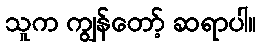
သူက ကျွန်တော့် ဆရာပါ။